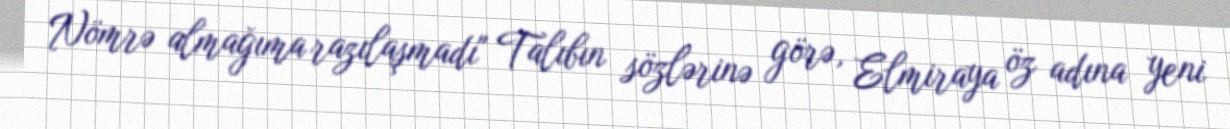
Nömrə almağıma razılaşmadı" Talıbın sözlərinə görə, Elmiraya öz adına yeni